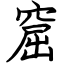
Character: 窟